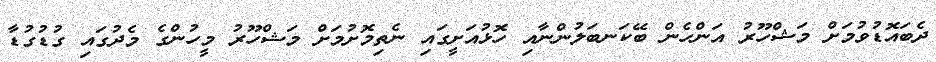
ދެބައޮޑުވުމަށް މަޝްހޫރު އަންހެން ބޭކަނބަލުންނާއި ހޮޅުއަށީގައި ނެތިމޮށުމަށް މަޝްހޫރު މީހުންގެ މެދުގައި ގުޑުގުޑާ